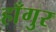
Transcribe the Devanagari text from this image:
हाँगुर